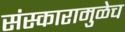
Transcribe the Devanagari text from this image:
संस्कारामुळेच